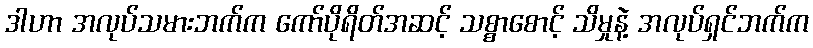
ဒါဟာ အလုပ်သမားဘက်က ကော်ပိုရိတ်အဆင့် သစ္စာစောင့် သိမှုနဲ့ အလုပ်ရှင်ဘက်က